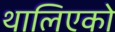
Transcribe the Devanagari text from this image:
थालिएको